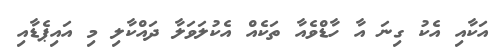
އަކާއި އެކު ގިނަ އާ ހާޑްވެއާ ތަކެއް އެކުލަވަލާ ދައްކާލި މި އައިޕެޑާއި